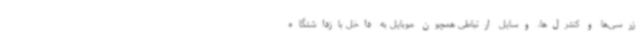
زرسی‌ها و کنترل‌ها، وسایل ارتباطی همچون موبایل به داخل بازداشتگاه